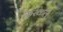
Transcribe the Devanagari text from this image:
कैरंकल